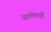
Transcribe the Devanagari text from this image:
आलेमन्नी